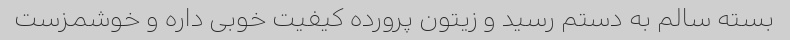
بسته سالم به دستم رسید و زیتون پرورده کیفیت خوبی داره و خوشمزست